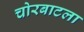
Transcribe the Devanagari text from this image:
चोरबाटला